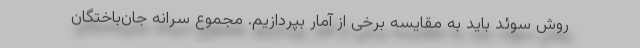
روش سوئد باید به مقایسه برخی از آمار بپردازیم. مجموع سرانه جان‌باختگان